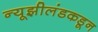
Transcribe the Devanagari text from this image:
न्यूझीलंडकडून